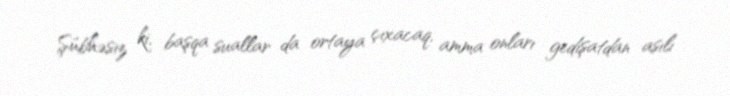
Şübhəsiz ki, başqa suallar da ortaya çıxacaq, amma onları gedişatdan asılı